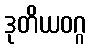
ဒုတိယဝဂ္ဂ